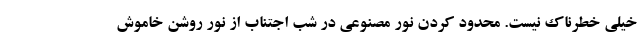
خیلی خطرناک نیست. محدود کردن نور مصنوعی در شب اجتناب از نور روشن خاموش